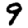
Digit: 9